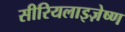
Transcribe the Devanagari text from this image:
सीरियलाइज़ेष्ण